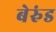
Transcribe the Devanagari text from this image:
बेरुंड